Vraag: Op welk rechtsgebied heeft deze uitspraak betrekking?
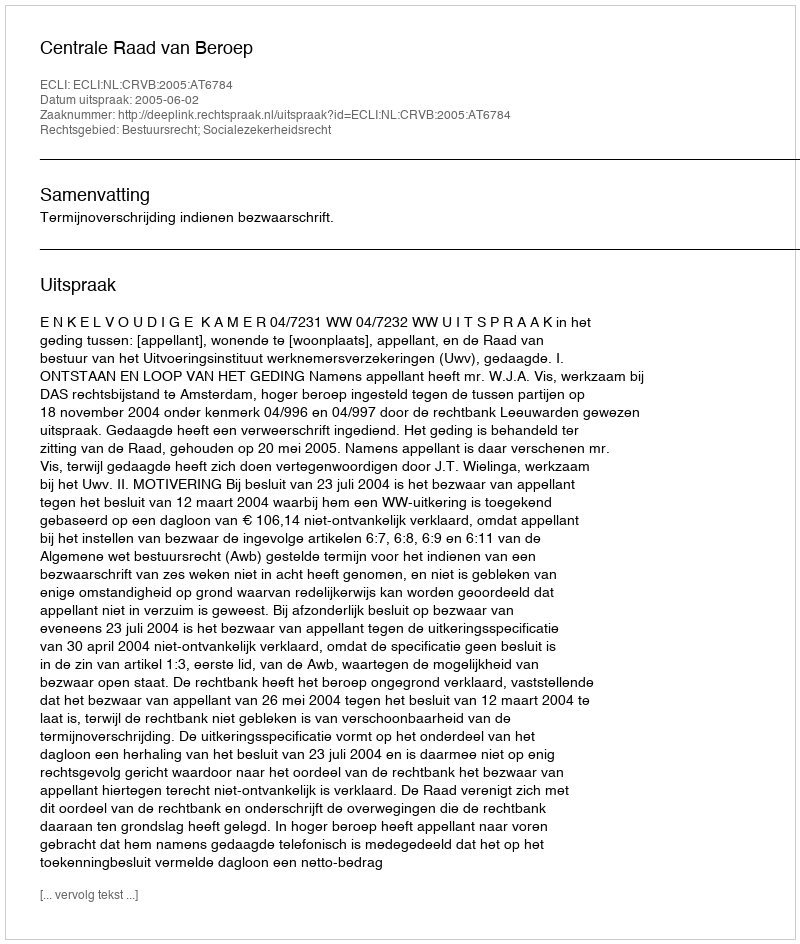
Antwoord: Bestuursrecht; Socialezekerheidsrecht